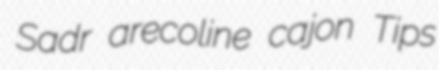
Sadr arecoline cajon Tips